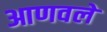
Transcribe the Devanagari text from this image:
आणवले